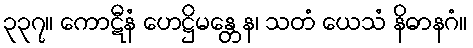
၃၃၇။ ကောဋီနံ ဟေဋ္ဌိမန္တေန၊ သတံ ယေသံ နိဓာနဂံ။